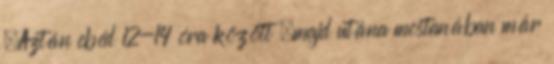
.Aztán ebéd 12-14 óra között ,majd utána mostanában már